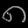
Digit: ၈